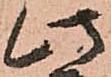
此